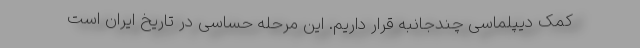
کمک دیپلماسی چندجانبه قرار داریم. این مرحله حساسی در تاریخ ایران است